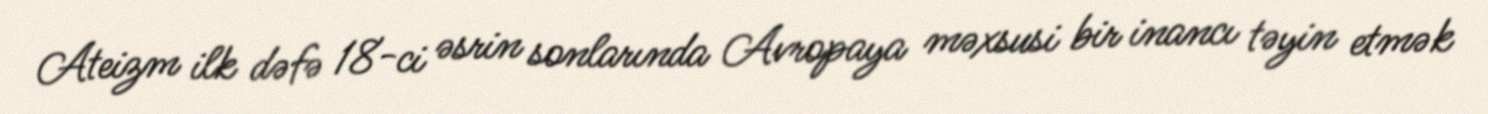
Ateizm ilk dəfə 18-ci əsrin sonlarında Avropaya məxsusi bir inancı təyin etmək